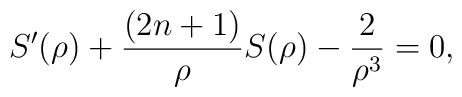
S'(\rho)+\frac{(2n+1)}{\rho}S(\rho)-\frac{2}{\rho^{3}}=0,